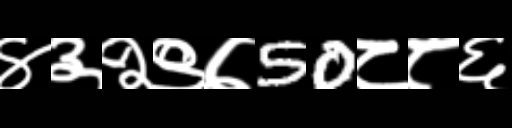
Text: ४३२९७50८८६